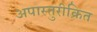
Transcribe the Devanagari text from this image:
अपास्तुरीक्रित